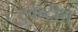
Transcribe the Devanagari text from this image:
टुवेन्टीथ